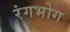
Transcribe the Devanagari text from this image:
रंगभोग